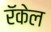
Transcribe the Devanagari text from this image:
रॅकेल